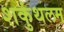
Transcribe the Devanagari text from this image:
शकुंथलम